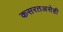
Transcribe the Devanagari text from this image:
कसरतअसेही